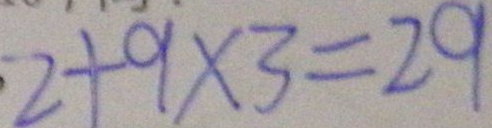
2 + 9 \times 3 = 2 9